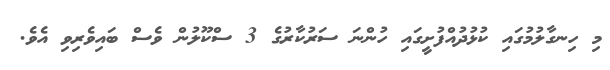
މި ހިނގާލުމުގައި ކުޅުދުއްފުށީގައި ހުންނަ ސަރުކާރުގެ 3 ސްކޫލުން ވެސް ބައިވެރިވި އެވެ.